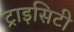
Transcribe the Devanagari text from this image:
ट्राइसिटी